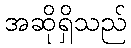
အဆိုရှိသည်